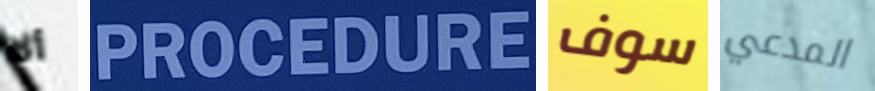
ألا PROCEDURE سوف المدعي